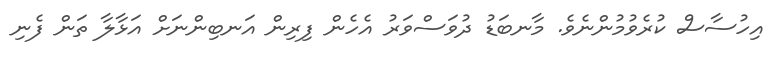
އިހުސާސް ކުރެވުމުންނެވެ. މާނބަޑު ދުވަސްވަރު އެހެން ފިރިން އަނބިންނަށް އަޅާލާ ތަން ފެނި